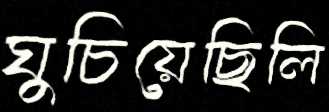
ঘুচিয়েছিলি